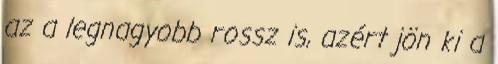
az a legnagyobb rossz is, azért jön ki a